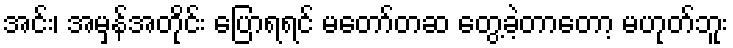
အင်း၊ အမှန်အတိုင်း ပြောရရင် မတော်တဆ တွေ့ခဲ့တာတော့ မဟုတ်ဘူး